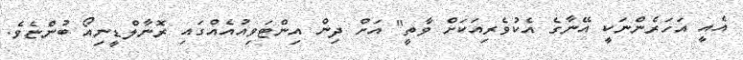
އެއީ އަހަރެންނަކީ އޭނާގެ އެކުވެރިއަކަށް ވާތީ" އަށް ދިން އިންޓަވިއުއެއްގައި ރޮނާލްޑީނިއޯ ބުންޏެވެ.